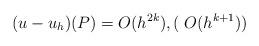
LaTeX: \begin{align*} (u-u_h)(P)=O(h^{2k}), ( \; O(h^{k+1})) \end{align*}